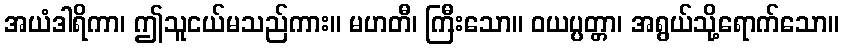
အယံဒါရိကာ၊ ဤသူငယ်မသည်ကား။ မဟတီ၊ ကြီးသော။ ဝယပ္ပတ္တာ၊ အရွယ်သို့ရောက်သော။